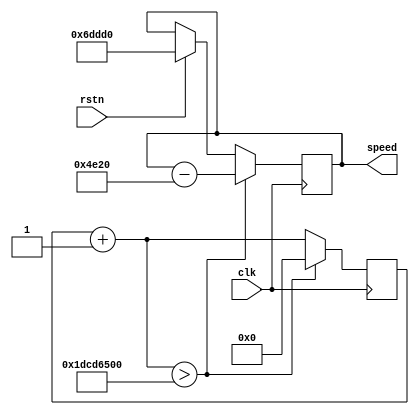
module speedup(input clk,
                input rstn,
                output [20:0]speed
                 );
    reg [20:0]speed;
    reg [31:0]count = 32'd0;
    always @(posedge clk)
    begin
        count = count + 32'd1;
        if(rstn)
        begin
            speed <= 21'd450000;
        end
        if(count>32'd500000000)
        begin
            count = 32'd0;
            speed <= speed - 21'd20000;
        end
    end
endmodule